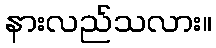
နားလည်သလား။